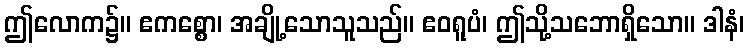
ဤလောက၌။ ဧကစ္စော၊ အချို့သောသူသည်။ ဧဝရူပံ၊ ဤသို့သဘောရှိသော။ ဒါနံ၊